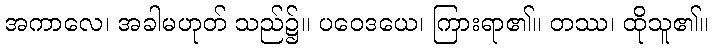
အကာလေ၊ အခါမဟုတ် သည်၌။ ပဝေဒယေ၊ ကြားရာ၏။ တဿ၊ ထိုသူ၏။